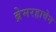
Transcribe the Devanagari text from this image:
ब्रेमरहावेन